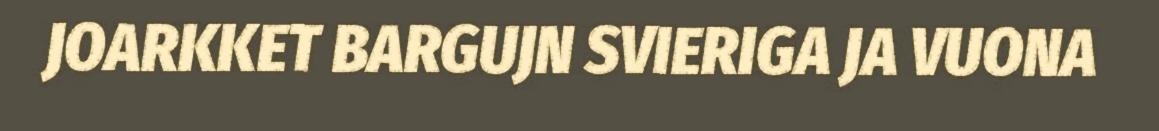
JOARKKET BARGUJN SVIERIGA JA VUONA